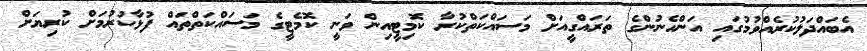
އެބައްދަލުކުރެއްވުމުގައި އަންހެނުންގެ ތަރައްގީއަށް މަސައްކަތްކުރާ ކޮމިޓީއިން ވަނީ ކޮމެޓީގެ މަސައްކަތްތައް ފުޅާކުރުމަށް ކުރިޔަށް